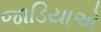
જાડિયાએ